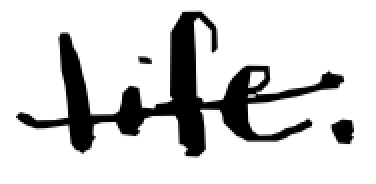
Text: life.
Cross-out: single-line
Writing tool: digital_black